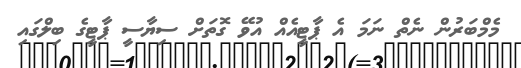
މެމްބަރުން ނެތް ނަމަ އެ ޕާޓީއެއް އުވޭ ގޮތަށް ސިޔާސީ ޕާޓީގެ ބިލްގައި